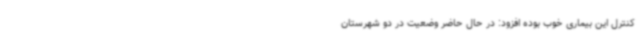
کنترل این بیماری خوب بوده افزود: در حال حاضر وضعیت در دو شهرستان